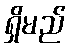
ရှိမည်